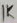
Text: 1K